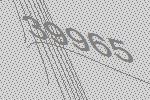
39965